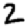
Digit: 2